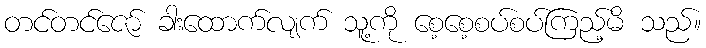
တင်တင်ဇော် ခါးထောက်လျက် သူ့ကို စေ့စေ့စပ်စပ်ကြည့်မိ သည်။